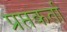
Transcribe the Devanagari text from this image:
प्रप्तकर्ता